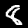
Label: 8